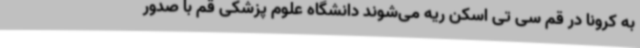
به کرونا در قم سی تی اسکن ریه می‌شوند دانشگاه علوم پزشکی قم با صدور